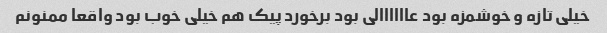
خیلی تازه و خوشمزه بود عاااااالی بود برخورد پیک هم خیلی خوب بود واقعا ممنونم